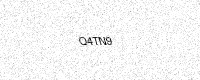
Text: Q4TN9